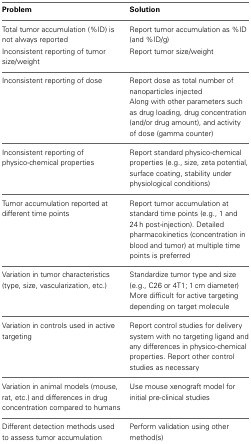
| Problem | Solution |
 | --- | --- |
 | Total tumor accumulation (%ID) is not always reported | Report tumor accumulation as %ID (and %ID/g) |
 | Inconsistent reporting of tumor size/weight | Report tumor size/weight |
 | Inconsistent reporting of dose | Report dose as total number of nanoparticles injected Along with other parameters such as drug loading, drug concentration (and/or drug amount), and activity of dose (gamma counter) |
 | Inconsistent reporting of physico-chemical properties | Report standard physico-chemical properties (e.g., size, zeta potential, surface coating, stability under physiological conditions) |
 | Tumor accumulation reported at different time points | Report tumor accumulation at standard time points (e.g., 1 and 24 h post-injection). Detailed pharmacokinetics (concentration in blood and tumor) at multiple time points is preferred |
 | Variation in tumor characteristics (type, size, vascularization, etc.) | Standardize tumor type and size (e.g., C26 or 4T1; 1 cm diameter) More difficult for active targeting depending on target molecule |
 | Variation in controls used in active targeting | Report control studies for delivery system with no targeting ligand and any differences in physico-chemical properties. Report other control studies as necessary |
 | Variation in animal models (mouse, rat, etc.) and differences in drug concentration compared to humans | Use mouse xenograft model for initial pre-clinical studies |
 | Different detection methods used to assess tumor accumulation | Perform validation using other method(s) |